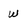
Character: w